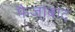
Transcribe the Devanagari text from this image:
फैजा़बाद